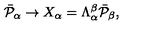
\bar { { \cal P } } _ { \alpha } \rightarrow X _ { \alpha } = \Lambda _ { \alpha } ^ { \beta } \bar { { \cal P } } _ { \beta } ,